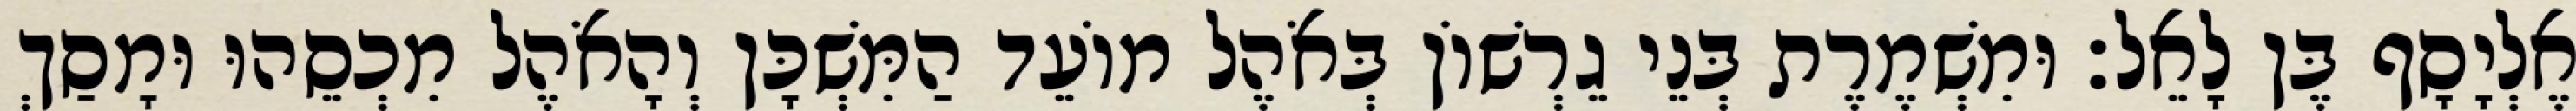
אֶלְיָסָף בֶּן לָאֵל׃ וּמִשְׁמֶרֶת בְּנֵי גֵרְשׁוֹן בְּאֹהֶל מוֹעֵד הַמִּשְׁכָּן וְהָאֹהֶל מִכְסֵהוּ וּמָסַךְ